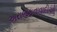
અરાજકતાવાદીઓ